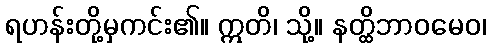
ရဟန်းတို့မှကင်း၏။ ဣတိ၊ သို့။ နတ္ထိဘာဝမေဝ၊